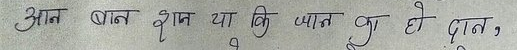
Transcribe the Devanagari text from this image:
आन, बान, ज्ञान या कि जान का हो दान,